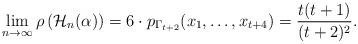
LaTeX: \begin{align*}\lim_{n\to\infty}\rho\left(\mathcal{H}_n(\alpha)\right)= 6\cdot p_{\Gamma_{t+2}}(x_1,\ldots,x_{t+4})= \frac{t (t+1)}{(t+2)^2}. \end{align*}